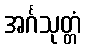
အင်္ဂသုတ္တံ